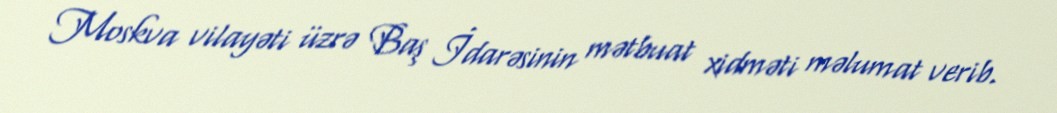
Moskva vilayəti üzrə Baş İdarəsinin mətbuat xidməti məlumat verib.